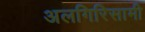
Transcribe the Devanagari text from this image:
अलगिरिसामी